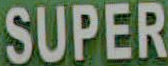
SUPER